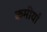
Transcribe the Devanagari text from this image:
कमीयाँ